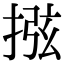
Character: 𢮂